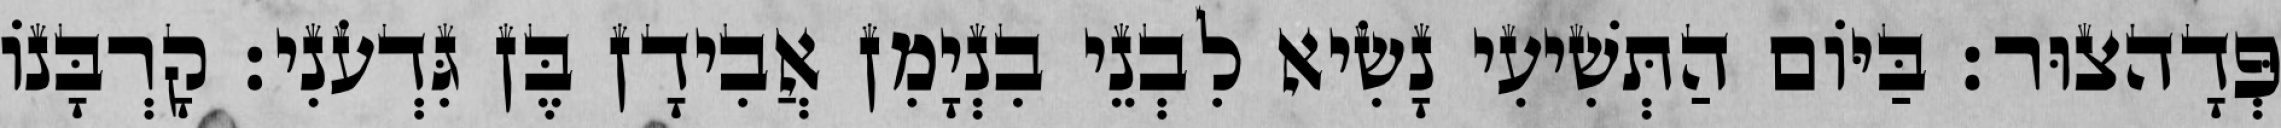
פְּדָהצוּר׃ בַּיּוֹם הַתְּשִׁיעִי נָשִׂיא לִבְנֵי בִנְיָמִן אֲבִידָן בֶּן גִּדְעֹנִי׃ קָרְבָּנוֹ